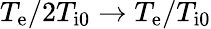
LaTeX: T_{\mathrm{e}}/2T_{\mathrm{i0}}\rightarrow T_{\mathrm{e}}/T_{\mathrm{i0}}